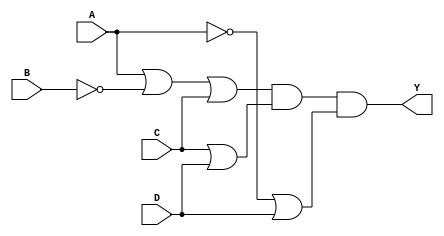
module product_of_sums (
    input wire A,
    input wire B,
    input wire C,
    input wire D,
    output wire Y
);

// Define the sum terms
wire sum_term1; // (A + B' + C)
wire sum_term2; // (C + D)
wire sum_term3; // (A' + D)

// Generate the sum term 1: (A + ~B + C)
assign sum_term1 = A | (~B) | C;

// Generate the sum term 2: (C + D)
assign sum_term2 = C | D;

// Generate the sum term 3: (A' + D) (additional for demonstration)
assign sum_term3 = (~A) | D;

// The final output Y is the AND of the sum terms
assign Y = sum_term1 & sum_term2 & sum_term3;

endmodule